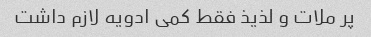
پر ملات و لذیذ فقط کمی ادویه لازم داشت